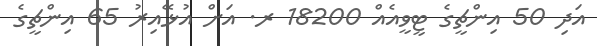
އަދި 50 އިންޗީގެ ޓީވީއެއް 18200 ރ. އަށް އުޅޭއިރު 65 އިންޗީގެ